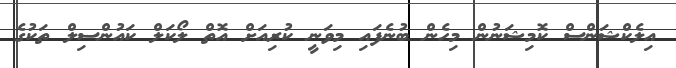
އިލެކްޝަންސް ކޮމިޝަނުން މިހެން ބުނެފައި މިވަނީ ކުރިއަށް އޮތް ލޯކަލް ކައުންސިލް ތަކުގެ